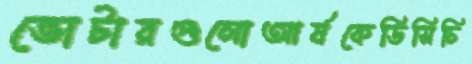
ভোটারগুলোআর্ষকেডিসিচি